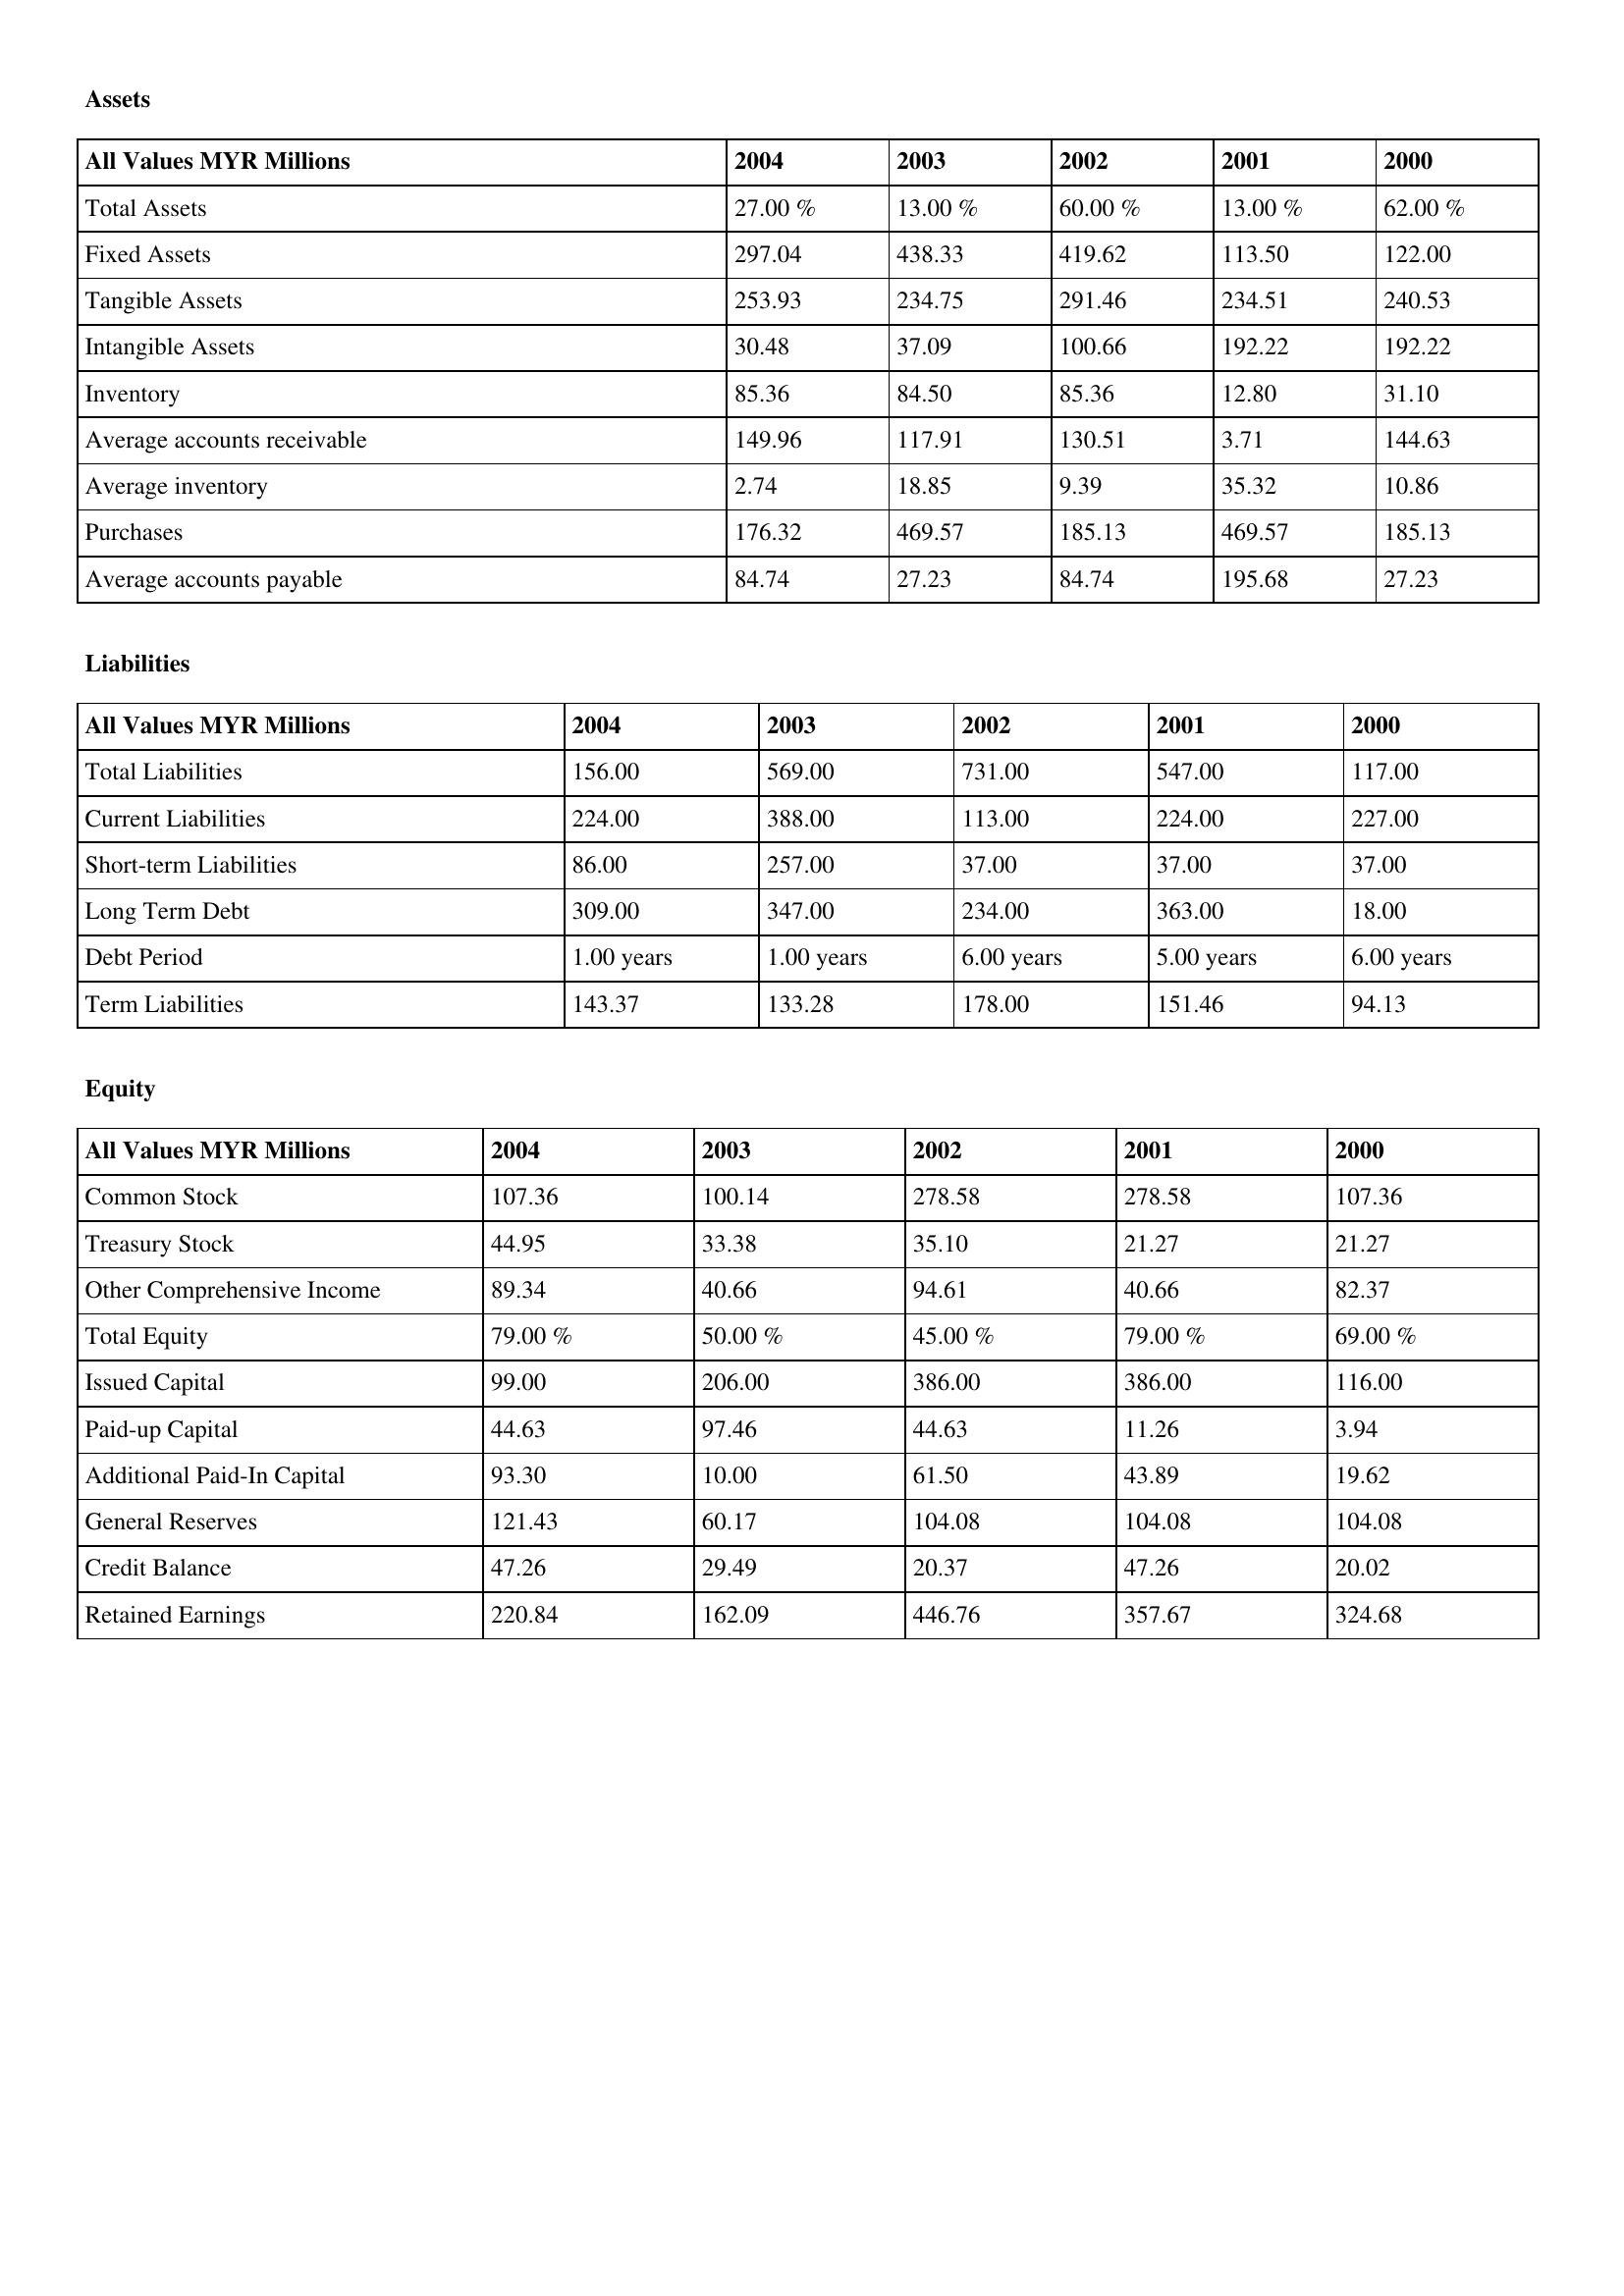
gt_parse: 2004: Assets: Total Assets: 27.00 %
Fixed Assets: 297.04
Tangible Assets: 253.93
Intangible Assets: 30.48
Inventory: 85.36
Average accounts receivable: 149.96
Average inventory: 2.74
Purchases: 176.32
Average accounts payable: 84.74
Liabilities: Total Liabilities: 156.00
Current Liabilities: 224.00
Short-term Liabilities: 86.00
Long Term Debt: 309.00
Debt Period: 1.00 years
Term Liabilities: 143.37
Equity: Common Stock: 107.36
Treasury Stock: 44.95
Other Comprehensive Income: 89.34
Total Equity: 79.00 %
Issued Capital: 99.00
Paid-up Capital: 44.63
Additional Paid-In Capital: 93.30
General Reserves: 121.43
Credit Balance: 47.26
Retained Earnings: 220.84
2003: Assets: Total Assets: 13.00 %
Fixed Assets: 438.33
Tangible Assets: 234.75
Intangible Assets: 37.09
Inventory: 84.50
Average accounts receivable: 117.91
Average inventory: 18.85
Purchases: 469.57
Average accounts payable: 27.23
Liabilities: Total Liabilities: 569.00
Current Liabilities: 388.00
Short-term Liabilities: 257.00
Long Term Debt: 347.00
Debt Period: 1.00 years
Term Liabilities: 133.28
Equity: Common Stock: 100.14
Treasury Stock: 33.38
Other Comprehensive Income: 40.66
Total Equity: 50.00 %
Issued Capital: 206.00
Paid-up Capital: 97.46
Additional Paid-In Capital: 10.00
General Reserves: 60.17
Credit Balance: 29.49
Retained Earnings: 162.09
2002: Assets: Total Assets: 60.00 %
Fixed Assets: 419.62
Tangible Assets: 291.46
Intangible Assets: 100.66
Inventory: 85.36
Average accounts receivable: 130.51
Average inventory: 9.39
Purchases: 185.13
Average accounts payable: 84.74
Liabilities: Total Liabilities: 731.00
Current Liabilities: 113.00
Short-term Liabilities: 37.00
Long Term Debt: 234.00
Debt Period: 6.00 years
Term Liabilities: 178.00
Equity: Common Stock: 278.58
Treasury Stock: 35.10
Other Comprehensive Income: 94.61
Total Equity: 45.00 %
Issued Capital: 386.00
Paid-up Capital: 44.63
Additional Paid-In Capital: 61.50
General Reserves: 104.08
Credit Balance: 20.37
Retained Earnings: 446.76
2001: Assets: Total Assets: 13.00 %
Fixed Assets: 113.50
Tangible Assets: 234.51
Intangible Assets: 192.22
Inventory: 12.80
Average accounts receivable: 3.71
Average inventory: 35.32
Purchases: 469.57
Average accounts payable: 195.68
Liabilities: Total Liabilities: 547.00
Current Liabilities: 224.00
Short-term Liabilities: 37.00
Long Term Debt: 363.00
Debt Period: 5.00 years
Term Liabilities: 151.46
Equity: Common Stock: 278.58
Treasury Stock: 21.27
Other Comprehensive Income: 40.66
Total Equity: 79.00 %
Issued Capital: 386.00
Paid-up Capital: 11.26
Additional Paid-In Capital: 43.89
General Reserves: 104.08
Credit Balance: 47.26
Retained Earnings: 357.67
2000: Assets: Total Assets: 62.00 %
Fixed Assets: 122.00
Tangible Assets: 240.53
Intangible Assets: 192.22
Inventory: 31.10
Average accounts receivable: 144.63
Average inventory: 10.86
Purchases: 185.13
Average accounts payable: 27.23
Liabilities: Total Liabilities: 117.00
Current Liabilities: 227.00
Short-term Liabilities: 37.00
Long Term Debt: 18.00
Debt Period: 6.00 years
Term Liabilities: 94.13
Equity: Common Stock: 107.36
Treasury Stock: 21.27
Other Comprehensive Income: 82.37
Total Equity: 69.00 %
Issued Capital: 116.00
Paid-up Capital: 3.94
Additional Paid-In Capital: 19.62
General Reserves: 104.08
Credit Balance: 20.02
Retained Earnings: 324.68